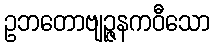
ဥဘတောဗျဉ္ဇနကဝီသော